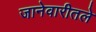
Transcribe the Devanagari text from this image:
जानेवारीतले